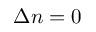
\Delta n = 0